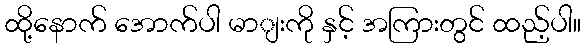
ထို့နောက် အောက်ပါ မာျးကို နှင့် အကြားတွင် ထည့်ပါ။